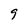
Character: 9